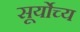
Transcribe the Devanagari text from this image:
सूर्योच्य